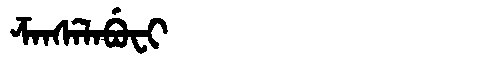
Manchu: ᡯᠠᠨᠰᡝᠯᠠᠪᡠᠸᡳ
Romanization: DZANSELABUFI